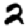
Digit: 2